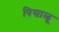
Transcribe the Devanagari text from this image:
पिसाळू